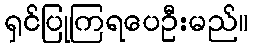
ရှင်ပြုကြရပေဦးမည်။